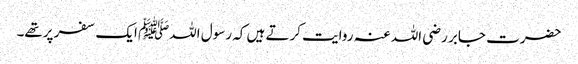
حضرت جابر رضی اللہ عنہ روایت کرتے ہیں کہ رسول اللہﷺ ایک سفر پرتھے۔